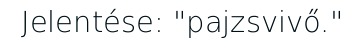
Jelentése: "pajzsvivő."